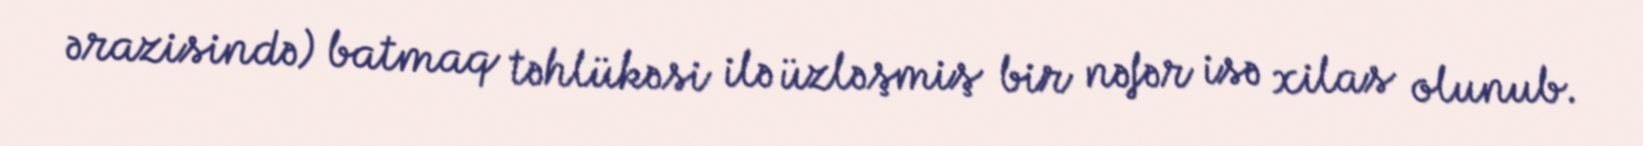
ərazisində) batmaq təhlükəsi ilə üzləşmiş bir nəfər isə xilas olunub.